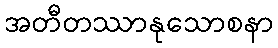
အတီတဿာနုသောစနာ